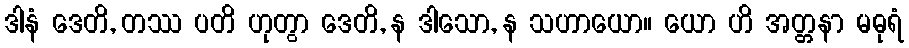
ဒါနံ ဒေတိ, တဿ ပတိ ဟုတွာ ဒေတိ, န ဒါသော, န သဟာယော။ ယော ဟိ အတ္တနာ မဓုရံ